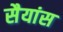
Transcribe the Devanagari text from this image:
सैयांस